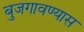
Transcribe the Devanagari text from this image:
बुजगावण्यास